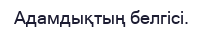
Адамдықтың белгісі.